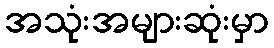
အသုံးအများဆုံးမှာ